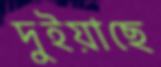
দুইয়াছে